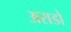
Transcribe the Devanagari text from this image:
अराडो